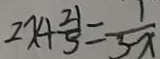
2 x + \frac { 2 1 } { 5 } = \frac { 1 } { 3 - x }